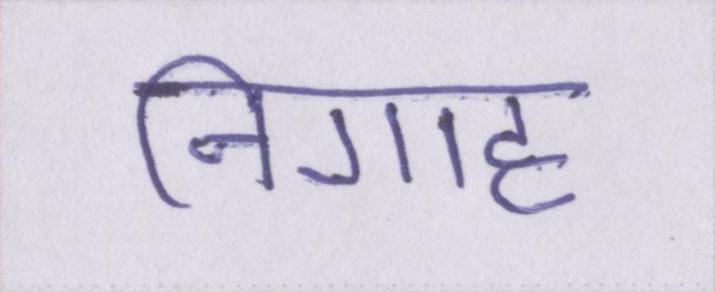
निगाह